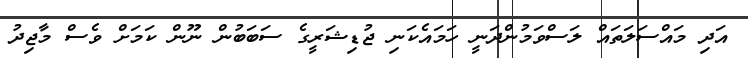
އަދި މައްސަލަތައް ލަސްވަމުންދަނީ ހަމައެކަނި ޖުޑިޝަރީގެ ސަބަބުން ނޫން ކަމަށް ވެސް މާޖިދު